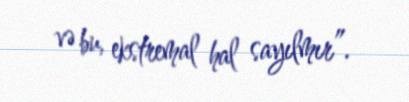
və bu, ekstremal hal sayılmır”.